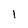
Character: 1